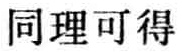
同理可得